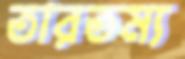
তারতম্য